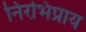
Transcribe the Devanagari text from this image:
निरभिप्राय